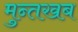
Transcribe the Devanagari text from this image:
मुन्तखब